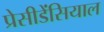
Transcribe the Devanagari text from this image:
प्रेसीडेंसियाल